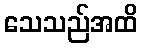
သေသည်အထိ